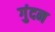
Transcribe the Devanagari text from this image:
गुंदन